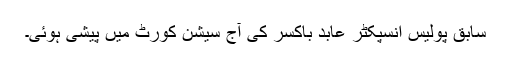
سابق پولیس انسپکٹر عابد باکسر کی آج سیشن کورٹ میں پیشی ہوئی۔